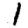
Digit: 1